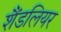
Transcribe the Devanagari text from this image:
शैंडलियर